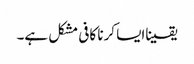
یقیناایسا کرنا کافی مشکل ہے۔